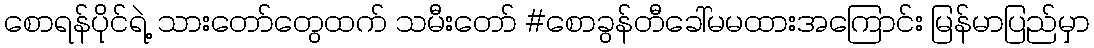
စောရန်ပိုင်ရဲ့ သားတော်တွေထက် သမီးတော် #စောခွန်တီခေါ်မမထားအကြောင်း မြန်မာပြည်မှာ